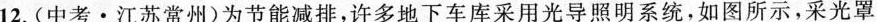
12.(中考·江苏常州)为节能减排，许多地下车库采用光导照明系统，如图所示，采光罩